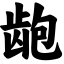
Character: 龅